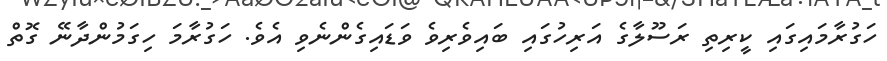
ހަގުރާމައިގައި ކީރިތި ރަސޫލާގެ އަރިހުގައި ބައިވެރިވެ ވަޑައިގެންނެވި އެވެ. ހަގުރާމަ ހިގަމުންދާނޭ ގޮތް